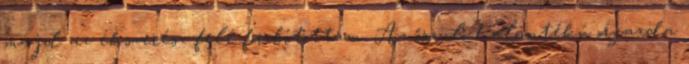
majd az ékszerész felé fordítottam. Az őszülő halántékú orgazda